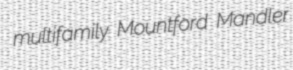
multifamily Mountford Mandler